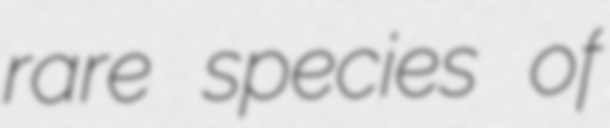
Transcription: rare species of